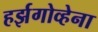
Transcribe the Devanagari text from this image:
हर्झगोव्हेना